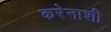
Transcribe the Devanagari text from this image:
करेेनाशी